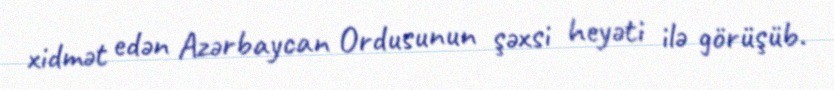
xidmət edən Azərbaycan Ordusunun şəxsi heyəti ilə görüşüb.